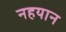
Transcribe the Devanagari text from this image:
नहयान